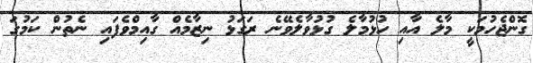
ގޮންޖެހުމަކީ މާލެ އާއި ހުޅުމާލެ ގުޅުވާލެވޭނެ ރަގަޅު ނިޒާމެއް ގާއިމްވެފައި ނެތުން ކަމުގަ